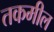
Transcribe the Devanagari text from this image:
तकमील